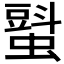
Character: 𧐵